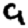
Digit: 9